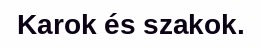
Karok és szakok.